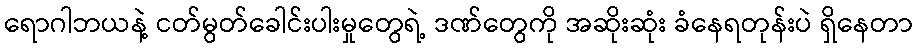
ရောဂါဘယနဲ့ ငတ်မွတ်ခေါင်းပါးမှုတွေရဲ့ ဒဏ်တွေကို အဆိုးဆုံး ခံနေရတုန်းပဲ ရှိနေတာ